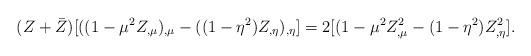
LaTeX: \begin{align*}(Z+\bar{Z})[((1-\mu ^{2}Z_{, \mu})_{, \mu}-((1-\eta^{2})Z_{,\eta})_{,\eta}]=2[(1-\mu ^{2}Z_{, \mu}^{2}-(1-\eta^{2})Z_{,\eta}^{2}].\end{align*}